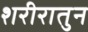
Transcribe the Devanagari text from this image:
शरीरातुन